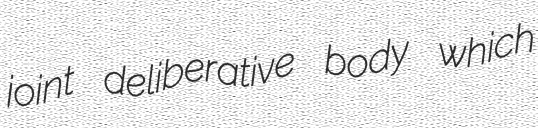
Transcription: joint deliberative body which